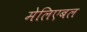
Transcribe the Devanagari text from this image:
मेलिएबल